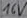
Text: 16V